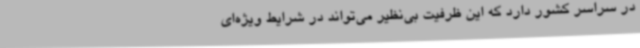
در سراسر کشور دارد که این ظرفیت بی‌نظیر می‌تواند در شرایط ویژه‌ای